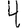
Digit: 4